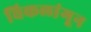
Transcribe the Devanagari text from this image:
विकलांगून